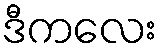
ဒီကလေး